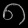
Digit: ၈